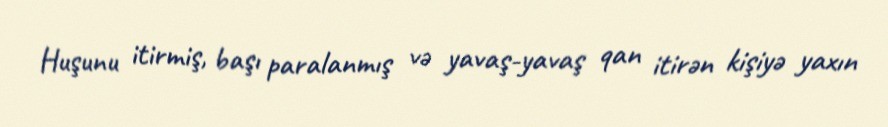
Huşunu itirmiş, başı paralanmış və yavaş-yavaş qan itirən kişiyə yaxın